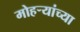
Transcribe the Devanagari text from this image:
मोहऱ्यांच्या